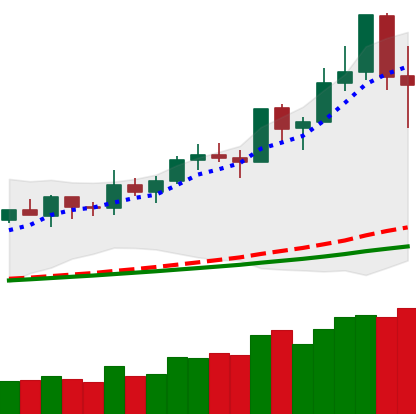
Ticker: NEO-USD
Chart end date: 2020-02-16
Forward return: -4.955%
Label: down_3_5